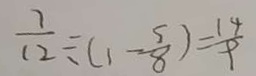
\frac { 7 } { 1 2 } \div ( 1 - \frac { 5 } { 8 } ) = \frac { 1 4 } { 9 }